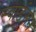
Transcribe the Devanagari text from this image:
स्वार्डसन